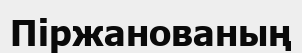
Піржанованың